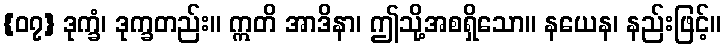
{၀၇} ဒုက္ခံ၊ ဒုက္ခတည်း။ ဣတိ အာဒိနာ၊ ဤသို့အစရှိသော။ နယေန၊ နည်းဖြင့်။